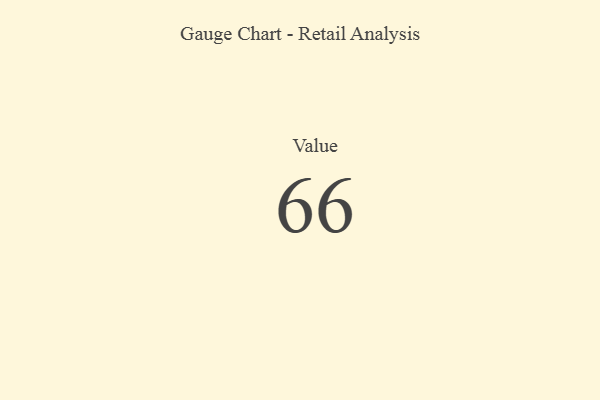
{"axis": {"x": "Metric", "y": "Value"}, "legend": [""], "data": [{"x": "Value", "y": 66, "type": ""}]}